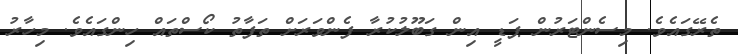
ތެރޭގައެވެ. މިސެންޓަރުން ޕަޑީ އިން ގަބޫލުކުރާ ފެންވަރަށް ތަފާތު ކޯސްތައް ހިންގައެވެ. މިހާރު